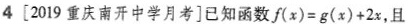
4[2019重庆南开中学月考]已知函数$$f(x)=g(x)+2x$$，且